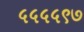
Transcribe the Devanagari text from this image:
५५५५९७